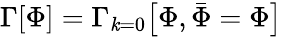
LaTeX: \Gamma[\Phi]=\Gamma_{\mathit{k}=0}{\big[}\Phi,{\bar{{\Phi}}}=\Phi{\big]}